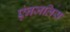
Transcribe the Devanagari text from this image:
एंनजलिस